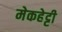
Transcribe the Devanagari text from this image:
मेकहेट्टी